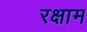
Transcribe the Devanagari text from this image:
रक्षाम